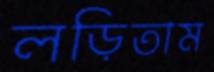
লড়িতাম